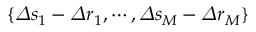
\{ \varDelta s _ { 1 } - \varDelta r _ { 1 } , \cdots , \varDelta s _ { M } - \varDelta r _ { M } \}